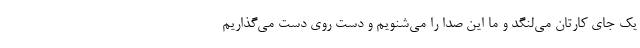
یک جای کارتان می‌لنگد و ما این صدا را می‌شنویم و دست روی دست می‌گذاریم